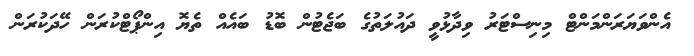
އެންވަޔަރަންމަންޓް މިނިސްޓަރު ވިދާޅުވީ ދައުލަތުގެ ބަޖެޓުން ބޮޑު ބައެއް ތެޔޮ އިންޕޯޓްކުރަން ހޭދަކުރަން